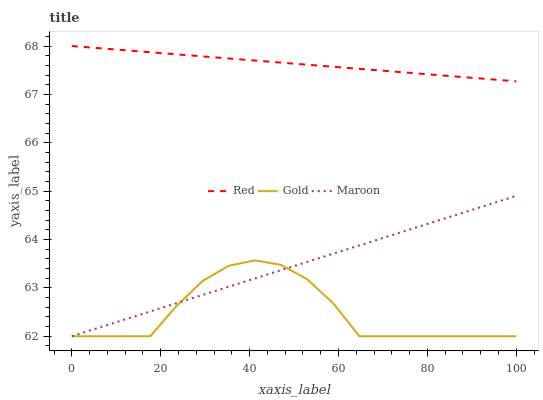
| xaxis_label | Red | Gold | Maroon |
 | --- | --- | --- | --- |
 | 0 | 68 | 62 | 62 |
 | 5.88 | 68 | 62 | 62.2 |
 | 11.8 | 67.9 | 62 | 62.3 |
 | 17.6 | 67.9 | 62 | 62.5 |
 | 23.5 | 67.8 | 62.6 | 62.7 |
 | 29.4 | 67.8 | 63.1 | 62.9 |
 | 35.3 | 67.7 | 63.5 | 63 |
 | 41.2 | 67.7 | 63.6 | 63.2 |
 | 47.1 | 67.7 | 63.5 | 63.4 |
 | 52.9 | 67.6 | 63.2 | 63.5 |
 | 58.8 | 67.6 | 62.7 | 63.7 |
 | 64.7 | 67.5 | 62 | 63.9 |
 | 70.6 | 67.5 | 62 | 64 |
 | 76.5 | 67.4 | 62 | 64.2 |
 | 82.4 | 67.4 | 62 | 64.4 |
 | 88.2 | 67.4 | 62 | 64.6 |
 | 94.1 | 67.3 | 62 | 64.7 |
 | 100 | 67.3 | 62 | 64.9 |